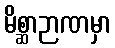
မိစ္ဆာဉာဏမှာ